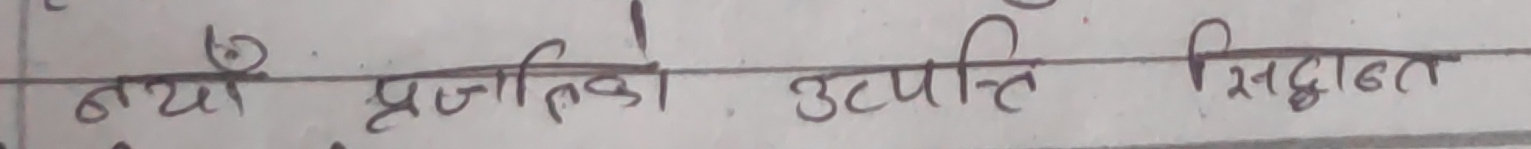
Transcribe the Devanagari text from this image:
नयी प्रजाति की उत्पत्ति सिद्धान्त